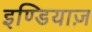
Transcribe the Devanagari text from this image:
इण्डियाज़